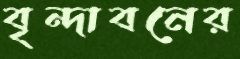
বৃন্দাবনের